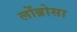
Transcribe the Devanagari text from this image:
लोंब्रोसा